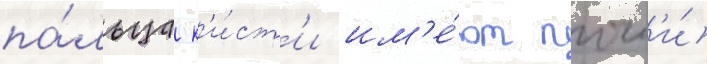
па́льца к'и́ст'и им'е́ют почт'и́